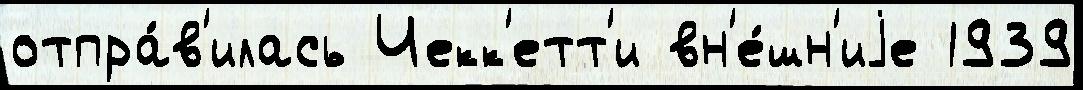
отпра́в'илась Чекк'етт'и вн'е́шн'иjе 1939